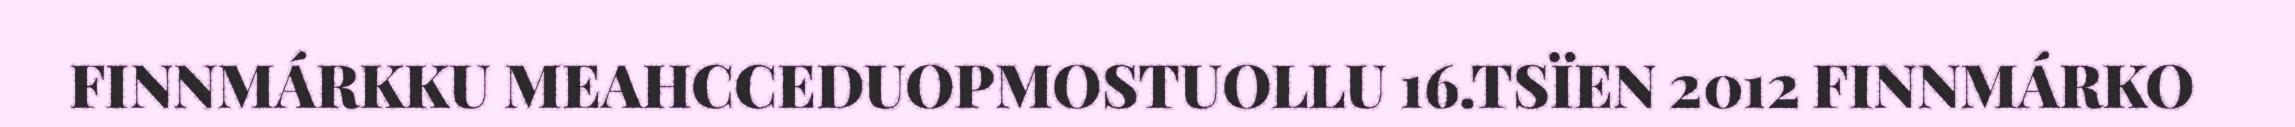
FINNMÁRKKU MEAHCCEDUOPMOSTUOLLU 16.TSÏEN 2012 FINNMÁRKO